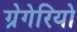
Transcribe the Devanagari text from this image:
ग्रेगेरियो